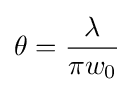
\theta ={\lambda  \over \pi w_{0}}